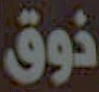
ذوق